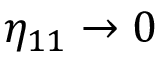
\eta _ { 1 1 } \rightarrow 0